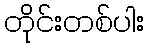
တိုင်းတစ်ပါး